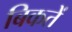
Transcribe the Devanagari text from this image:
बिकतें